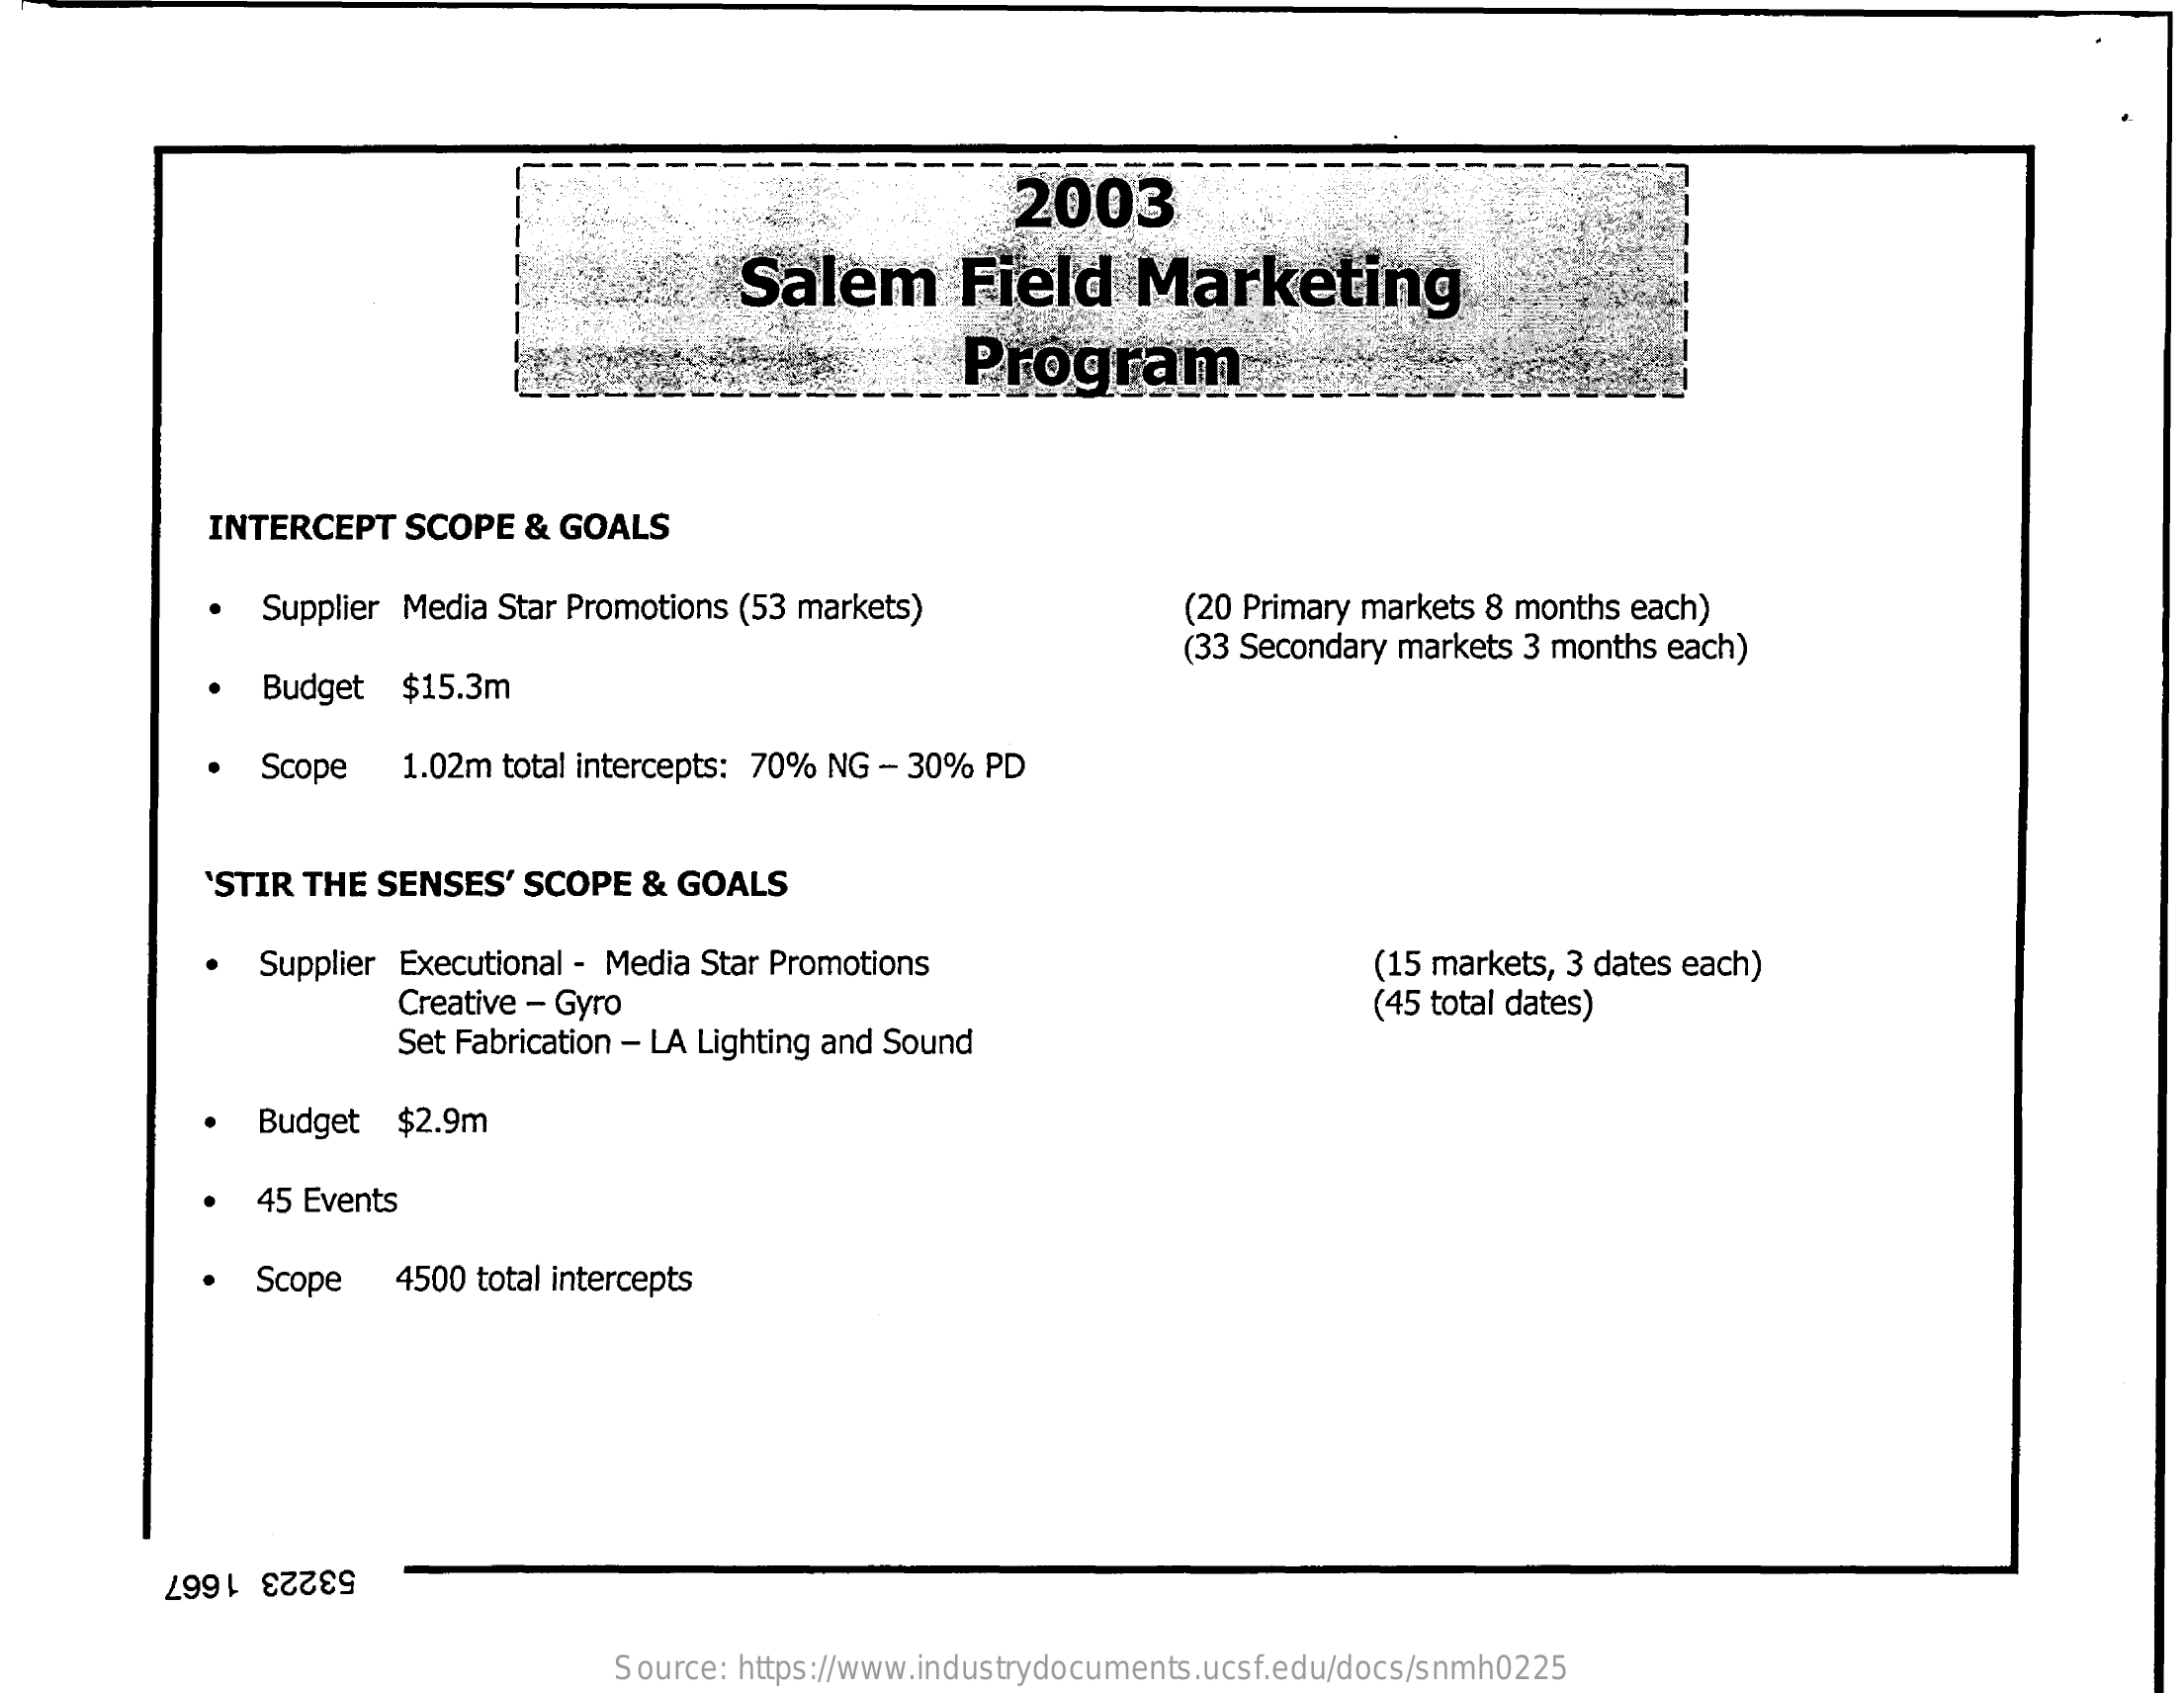
2003
     Salem    Field   Marketing
     Program
     INTERCEPT SCOPE & GOALS
     Supplier Media Star Promotions (53 markets) (20 Primary markets 8 months each)
     (33 Secondary markets 3 months each)
     Budget $15.3m
     Scope  1.02m total intercepts: 70% NG - 30% PD
     'STIR THE SENSES' SCOPE & GOALS
     Supplier Executional - Media Star Promotions    (15 markets, 3 dates each)
     Creative - Gyro
     Set Fabrication - LA Lighting and Sound
     (45 total dates)
     Budget $2.9m
     45 Events
     Scope  4500 total intercepts
     53223 1667
     Source: https://www.industrydocuments.ucsf.edu/docs/snmh0225